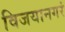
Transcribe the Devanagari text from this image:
विजयानगरं